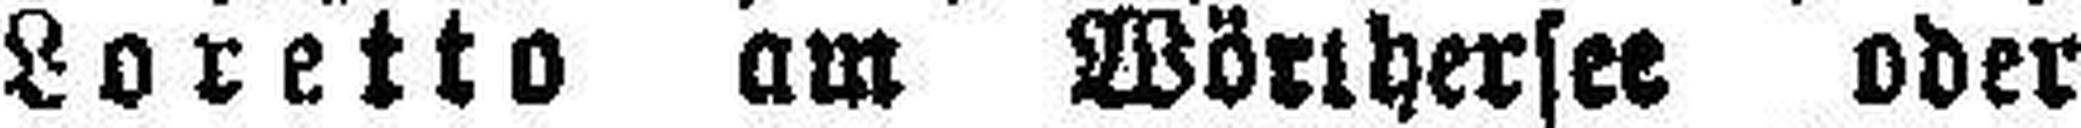
Loretto am Wörthersee oder